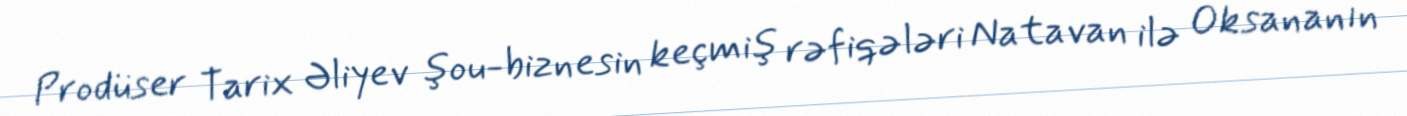
Prodüser Tarix Əliyev şou-biznesin keçmiş rəfiqələri Natavan ilə Oksananın